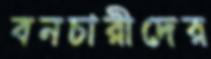
বনচারীদের